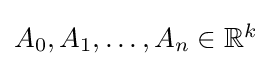
{\textstyle A_{0},A_{1},\ldots ,A_{n}\in \mathbb {R} ^{k}}